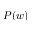
P ( w )